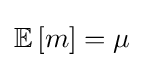
\mathbb {E} \left[m\right]=\mu